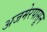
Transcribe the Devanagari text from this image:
अजमेरपासून